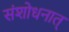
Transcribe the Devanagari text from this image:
संशोधनात्